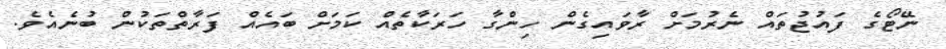
ނޭޓޯގެ ފައުޖުތައް ނެރުމަށް ރާވައިގެން ހިންގާ ހަރަކާތެއް ކަމަށް ބައެއް ފަރާތްތަކުން ބުނެއެވެ.